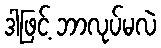
ဒါဖြင့် ဘာလုပ်မလဲ